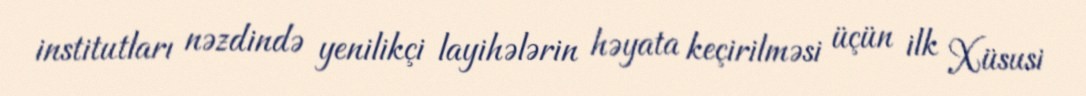
institutları nəzdində yenilikçi layihələrin həyata keçirilməsi üçün ilk Xüsusi